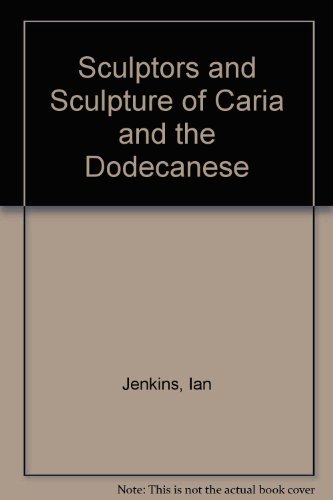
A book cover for Sculptors and Sculpture of Caria and the Dodecanese; Ian Jenkins; Arts & Photography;